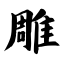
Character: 雕